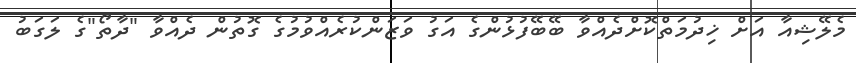
މެލޭޝިއާ އަށް ޚިދުމަތްކޮށްދެއްވާ ބޭބޭފުޅުންގެ އަގު ވަޒަންކުރެއްވުމުގެ ގޮތުން ދެއްވާ "ދާތޯ"ގެ ލަގަބު